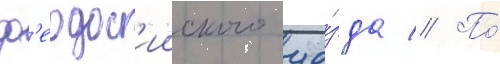
ф'еодос'ииского уе́зда // По́